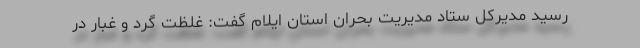
رسید مدیرکل ستاد مدیریت بحران استان ایلام گفت: غلظت گرد و غبار در